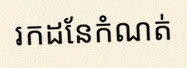
រកដែនកំណត់